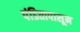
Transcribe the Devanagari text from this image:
पंडितापासून